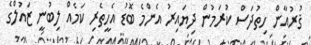
ޤުރުއާން ހިތުދަސް ކުރަމުން ދިޔައިރު އެންމެ ބޮޑު އެހީތެރި ކަމެއް ލިބުނީ ޒައުލްގެ